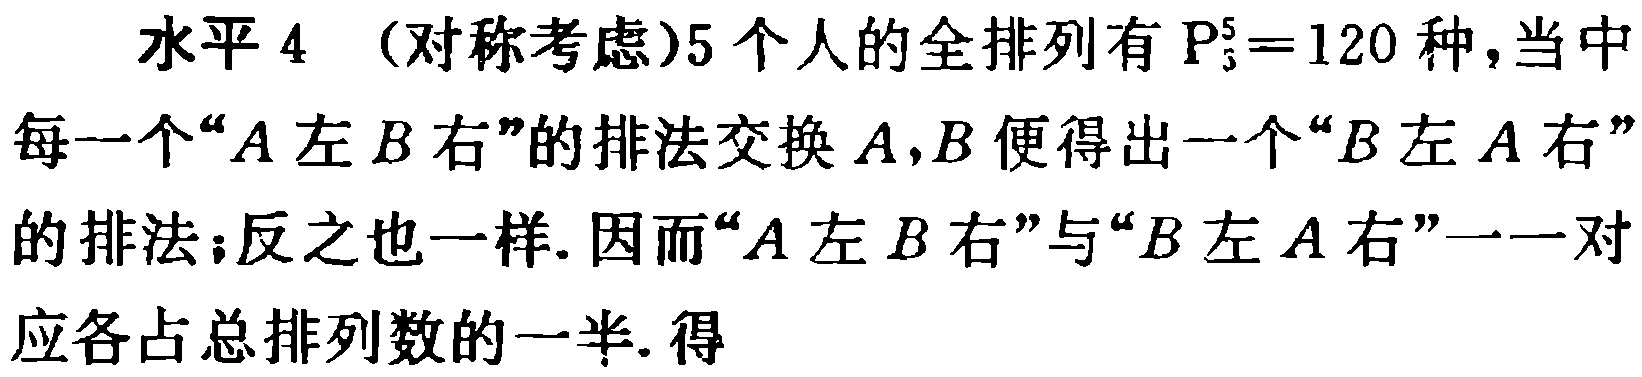
水平 4 （对称考虑）5 个人的全排列有 \(P_{5}^{5}=120\) 种，当中每一个“\(A\) 左 \(B\) 右”的排法交换 \(A,B\) 便得出一个“\(B\) 左 \(A\) 右”的排法；反之也一样. 因而“\(A\) 左 \(B\) 右”与“\(B\) 左 \(A\) 右”一一对应各占总排列数的一半. 得